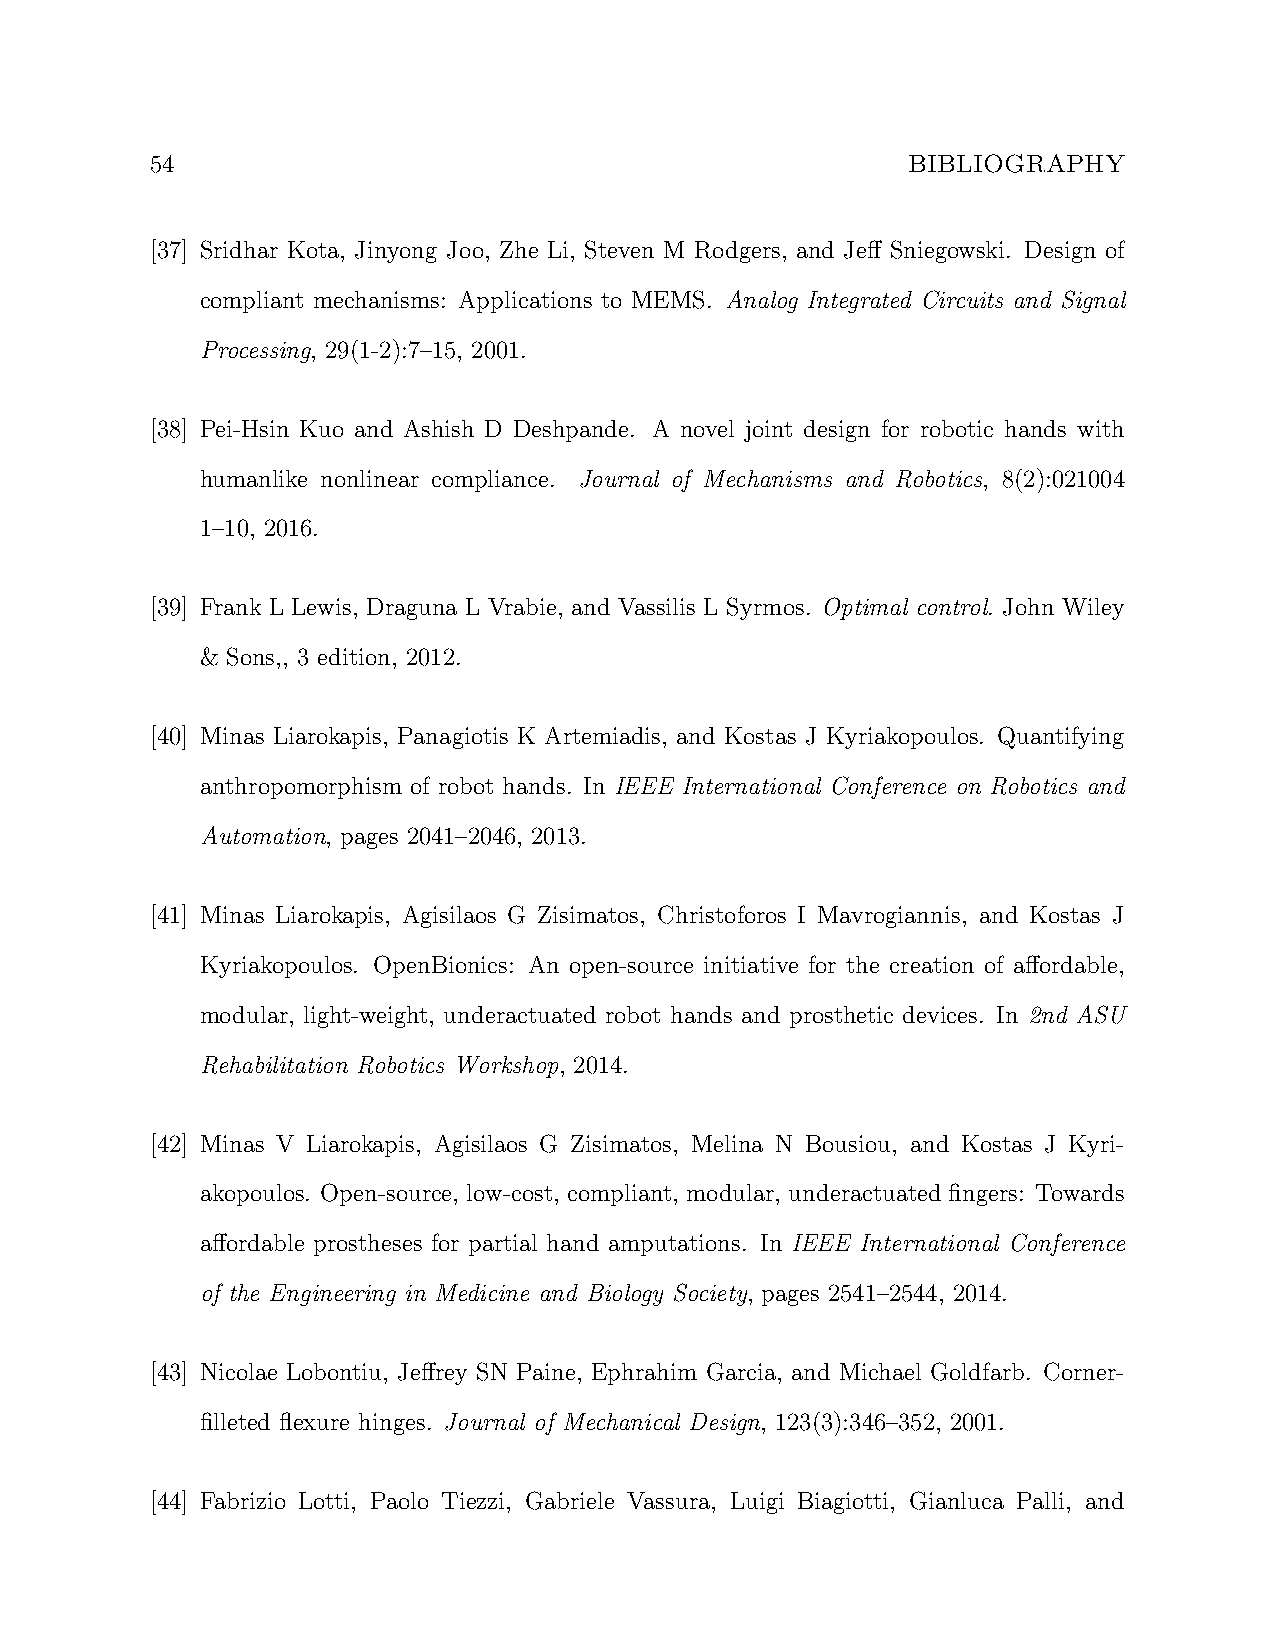
54                                                BIBLIOGRAPHY
 [37] Sridhar Kota, Jinyong Joo, Zhe Li, Steven M Rodgers, and Jeff Sniegowski. Design of
 compliant mechanisms: Applications to MEMS. Analog Integrated Circuits and Signal
 Processing, 29(1-2):7–15, 2001.
 [38] Pei-Hsin Kuo and Ashish D Deshpande. A novel joint design for robotic hands with
 humanlike nonlinear compliance. Journal of Mechanisms and Robotics, 8(2):021004
 1–10, 2016.
 [39] Frank L Lewis, Draguna L Vrabie, and Vassilis L Syrmos. Optimal control. John Wiley
 & Sons,, 3 edition, 2012.
 [40] Minas Liarokapis, Panagiotis K Artemiadis, and Kostas J Kyriakopoulos. Quantifying
 anthropomorphism of robot hands. In IEEE International Conference on Robotics and
 Automation, pages 2041–2046, 2013.
 [41] Minas Liarokapis, Agisilaos G Zisimatos, Christoforos I Mavrogiannis, and Kostas J
 Kyriakopoulos. OpenBionics: An open-source initiative for the creation of affordable,
 modular, light-weight, underactuated robot hands and prosthetic devices. In 2nd ASU
 Rehabilitation Robotics Workshop, 2014.
 [42] Minas V Liarokapis, Agisilaos G Zisimatos, Melina N Bousiou, and Kostas J Kyri-
 akopoulos. Open-source, low-cost, compliant, modular, underactuated fingers: Towards
 affordable prostheses for partial hand amputations. In IEEE International Conference
 of the Engineering in Medicine and Biology Society, pages 2541–2544, 2014.
 [43] Nicolae Lobontiu, Jeffrey SN Paine, Ephrahim Garcia, and Michael Goldfarb. Corner-
 filleted flexure hinges. Journal of Mechanical Design, 123(3):346–352, 2001.
 [44] Fabrizio Lotti, Paolo Tiezzi, Gabriele Vassura, Luigi Biagiotti, Gianluca Palli, and